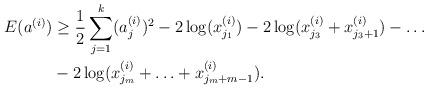
LaTeX: \begin{align*}E(a^{(i)})& \geq \frac12\sum_{j=1}^k (a^{(i)}_j)^2- 2\log(x^{(i)}_{j_1}) -2 \log(x^{(i)}_{j_3} + x^{(i)}_{j_3+1})-\ldots\\& -2\log(x^{(i)}_{j_m} + \ldots+ x^{(i)}_{j_m+m-1}) .\end{align*}